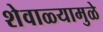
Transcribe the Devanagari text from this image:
शेवाळ्यामुळे